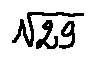
\sqrt { 2 9 }